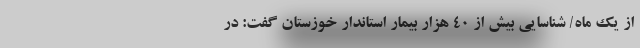
از یک ماه/ شناسایی بیش از ۴۰ هزار بیمار استاندار خوزستان گفت: در